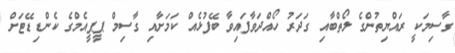
ގާސިމަކީ ރައްޔިތުންގެ ލޯތްބާއި ގަދަރު ހޯއްދަވާފައިވާ ބޭފުޅެއް ކަމަށާއި ގާސިމް ޕީޕީއެމްގެ ކެންޑިޑޭޓަށް